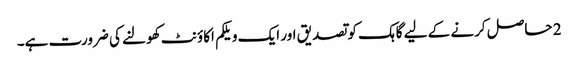
2 حاصل کرنے کے لیے گاہک کو تصدیق اور ایک ویلکم اکاؤنٹ کھولنے کی ضرورت ہے۔